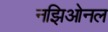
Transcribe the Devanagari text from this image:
नझिओनल